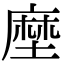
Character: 塺